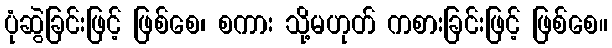
ပုံဆွဲခြင်းဖြင့် ဖြစ်စေ၊ စကား သို့မဟုတ် ကစားခြင်းဖြင့် ဖြစ်စေ။